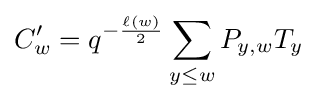
C'_{w}=q^{-{\frac {\ell (w)}{2}}}\sum _{y\leq w}P_{y,w}T_{y}